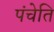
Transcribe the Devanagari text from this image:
पंचेति